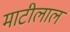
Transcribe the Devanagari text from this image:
माटीलाल